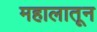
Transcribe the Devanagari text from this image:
महालातून